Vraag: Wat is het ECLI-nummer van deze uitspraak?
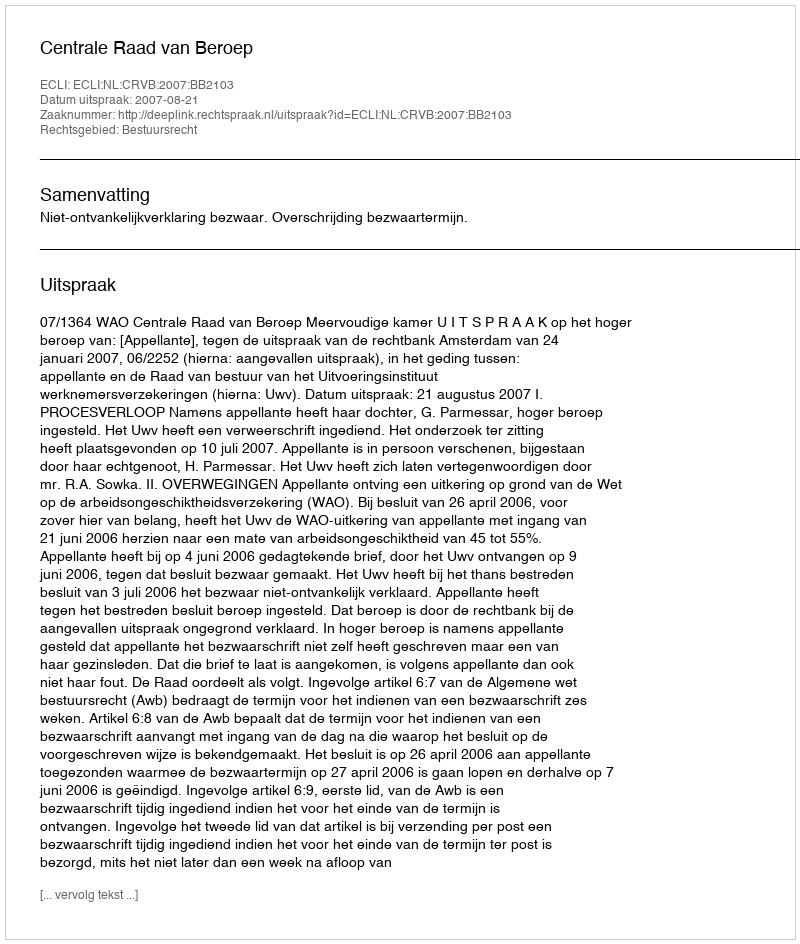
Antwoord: ECLI:NL:CRVB:2007:BB2103